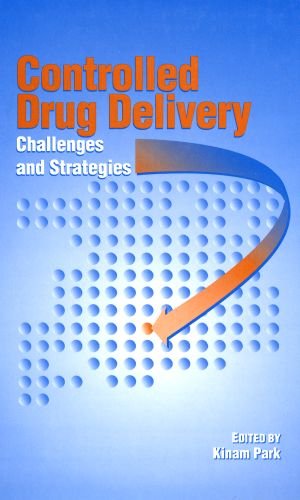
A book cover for Controlled Drug Delivery: Challenges and Strategies (ACS Professional Reference Book); Medical Books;